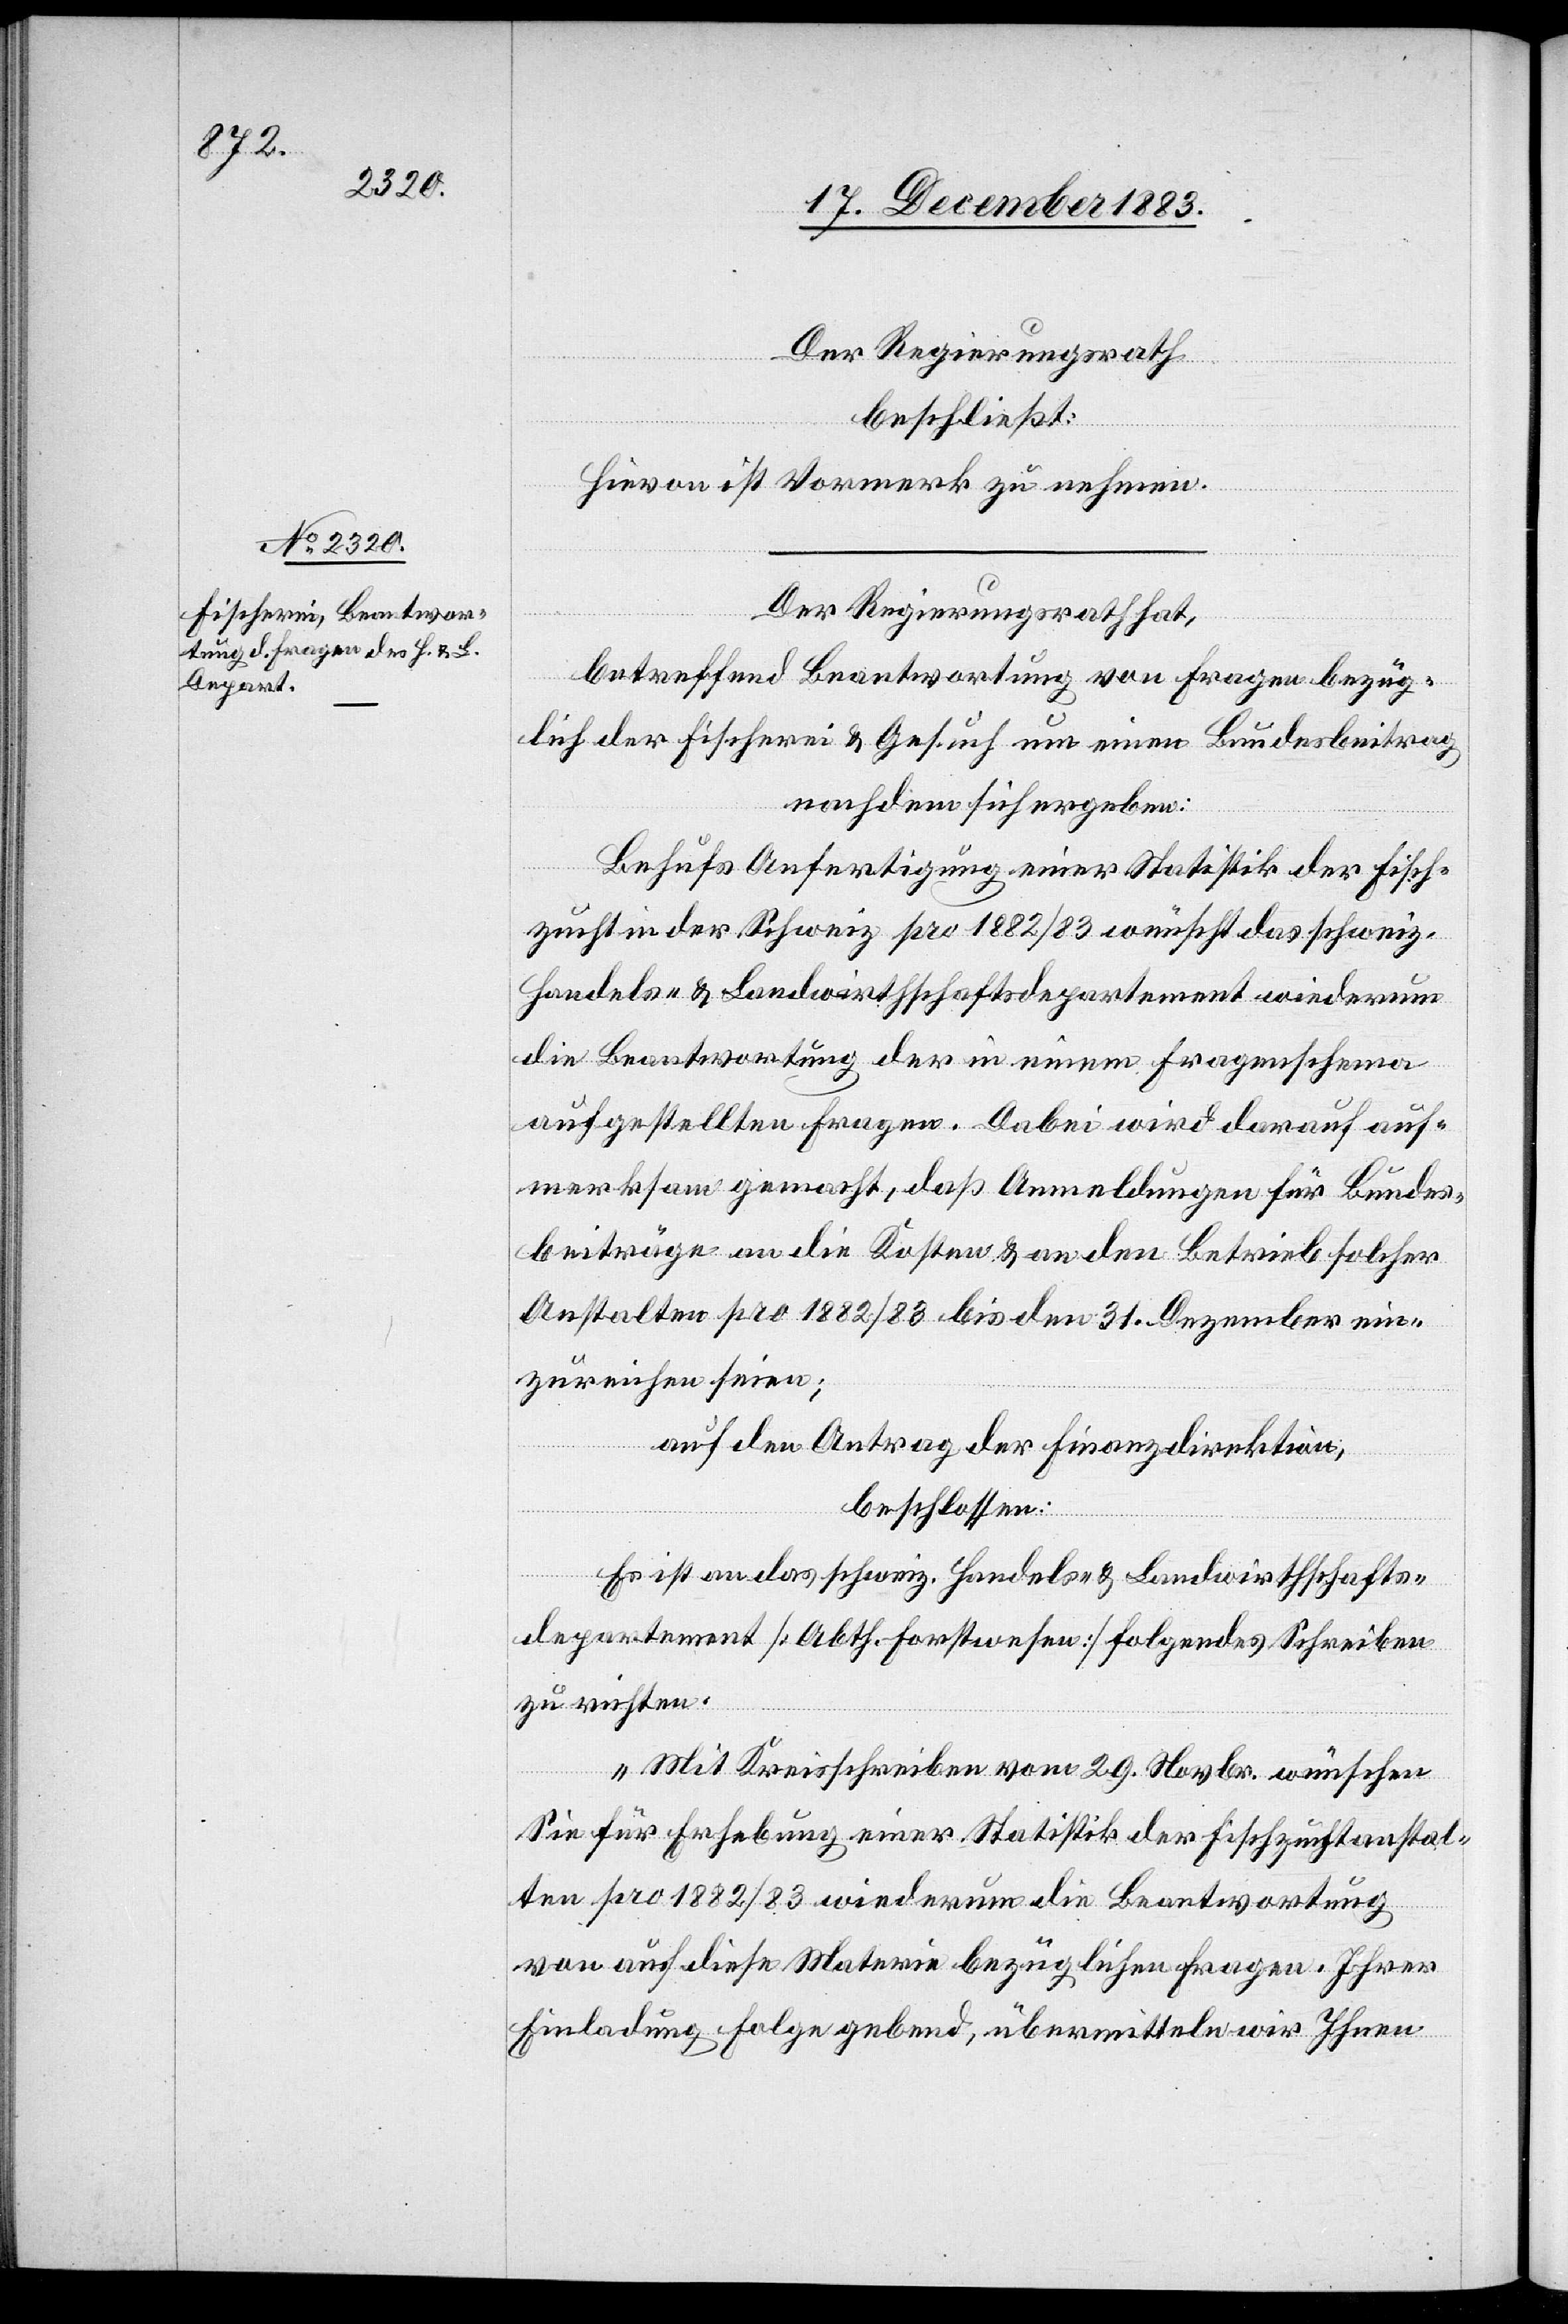
Der Regierungsrath
beschließt:
Hievon ist Vormerk zu nehmen.
Der Regierungsrath hat,
betreffend Beantwortung von Fragen bezüg¬
lich der Fischerei & Gesuch um einen Bundesbeitrag
nachdem sich ergeben:
Behufs Anfertigung einer Statistik der Fisch¬
zucht in der Schweiz pro 1882/83 wünscht das schweiz.
Handels- & Landwirthschaftsdepartement wiederum
die Beantwortung der in einem Fragenschema
aufgestellten Fragen. Dabei wird darauf auf¬
merksam gemacht, daß Anmeldungen für Bundes¬
beiträge an die Kosten & an den Betrieb solcher
Anstalten pro 1882/83 bis den 31. Dezember ein¬
zureichen seien;
auf den Antrag der Finanzdirektion,
beschlossen:
Es ist an das schweiz. Handels- & Landwirthschafts¬
departement [Abth. Forstwesen] folgendes Schreiben
zu richten:
„Mit Kreisschreiben vom 29. Novbr. wünschen
Sie für Erhebung einer Statistik der Fischzuchtanstal¬
ten pro 1882/83 wiederum die Beantwortung
von auf diese Materie bezüglichen Fragen. Ihrer
Einladung Folge gebend, übermitteln wir Ihnen